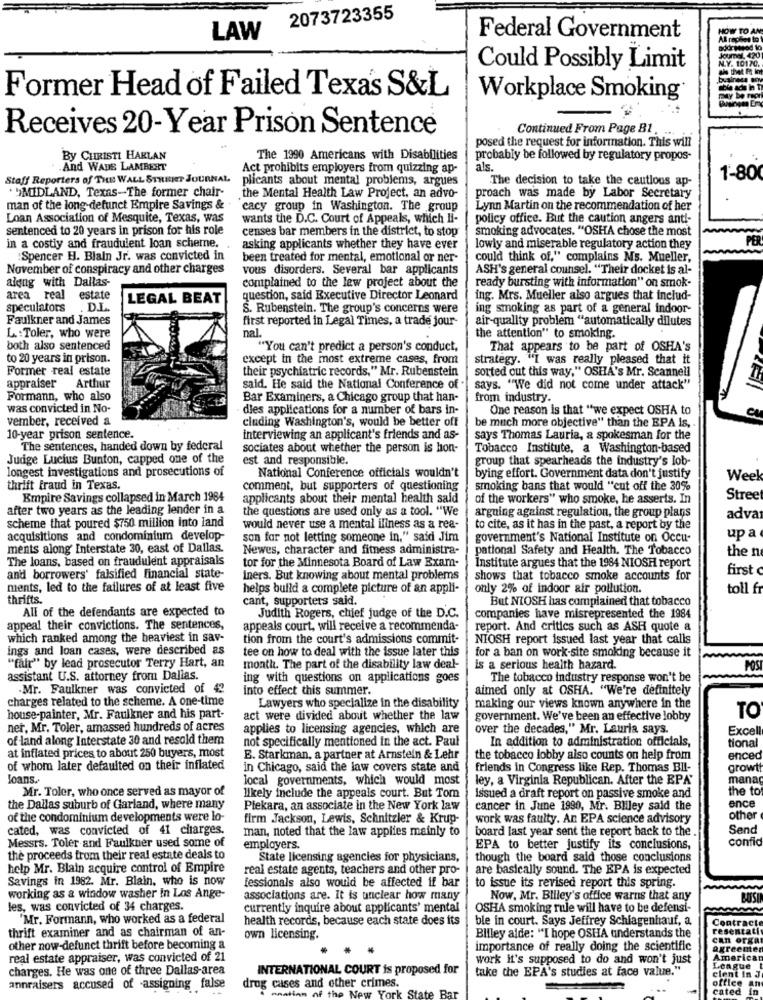
2073723355
LAW
HOW TO AN
Federal Government
Al roches to
Joumel 420
N.Y. 10170.
Could Possibly Limit
ale thet Ft Int
business BEN
Former Head of Failed Texas S&L
Workplace Smoking
Receives 20-Year Prison Sentence
Continued From Page B1.
posed the request for information. This will
By CHRISTI HARLAN
The 1990 Americans with Disabilities
probably be followed by regulatory propos-
And WADS LAMBERT
Act prohibits employers from quizzing ap-
als.
Staff Reporters of THE WALL STREET JOURNAL
plicants about mental problems, argues
The decision to take the cautious ap-
1-80
'SMIDLAND, Texas-The former chair-
the Mental Health Law Project, an advo-
proach was made by Labor Secretary
man of the long-defunct Empire Savings &-
cacy group in Washington. The group
Lynn Martin on the recommendation of her
Loan Association of Mesquite, Texas, was
wants the D.C. Court of Appeals, which li-
policy office. But the caution angers ant !-
sentenced to 20 years in prison for his role
censes bar members in the district, to stop
smoking advocates. "OSHA chose the most
in a costiy and fraudulent loan scheme.
asking applicants whether they have ever
lowly and miserable regulatory action they
PER
Spencer H. Blain Jr. was convicted in
been treated for mental, emotional or ner-
could think of," complains Ms. Mueller,
November of conspiracy and other charges
vous disorders. Several bar applicants
ASH's general counsel. "Their docket is al-
along with Dallas-
complained to the lew project about the
ready bursting with information" on smok-
area real estate
LEGAL BEAT
question, said Executive Director Leonard
ing. Mrs. Mueller also argues that includ-
speculators
D.L.
S. Rubenstein. The group's concerns were
ing smoking as part of a general indoor-
Faulkner and James
first reported in Legal Times, a trade jour-
air-quality problem "automatically dilutes
nal.
L : Toler, who were
the attention" to smoking.
both also sentenced
"You can't predict a person's conduct,
That appears to be part of OSHA's
to 20 years in prison.
except in the most extreme cases, from
strategy. "I was really pleased that it
Former real estate
their psychiatric records," Mr. Rubenstein
sorted out this way," OSHA's Mr. Scannell
appraiser Arthur
said. He said the National Conference of .
says. "We did not come under attack"
Formann, who also
Bar Examiners, a Chicago group that han-
from industry.
was convicted in No-
dies applications for a number of bars in-
One reason is that "we expect OSHA to
vember, received a
cluding Washington's, would be better off
be much more objective" than the EPA Is,
10-year prison sentence.
interviewing an applicant's friends and as-
says Thomas Lauria, a spokesman for the
The sentences, handed down by federal
sociates about whether the person is hon-
Tobacco Institute, a Washington-based
Judge Lucius Bunton, capped one of the
est and responsible.
group that spearheads the industry's lob-
longest investigations and prosecutions of
National Conference officials wouldn't
bying effort. Government data don't justify
Week
thrift fraud in Texas.
comment, but supporters of questioning
smoking bans that would "cut off the 30%
Empire Savings collapsed in March 1984
applicants about their mental health said
of the workers" who smoke, he asserts. In
Stree
after two years as the leading lender in a
the questions are used only as a tool. "We
scheme that poured $750 million into land
arguing against regulation, the group plans
adva
would never use a mental illness as a rea-
to cite, as it has in the past, a report by the
acquisitions and condominium develop-
son for not letting someone in," said Jim
government's National Institute on Occu-
up a
ments along Interstate 30, east of Dallas.
Newes, character and fitness administra-
pational Safety and Health. The Tobacco
the n
The loans, based on fraudulent appraisals
tor for the Minnesota Board of Law Exam-
Institute argues that the 1984 NIOSH report
first
andi borrowers' falsified financial state-
iners. But knowing about mental problems
shows that tobacco smoke accounts for
ments, led to the failures of at least five
helps build a complete picture of an appli-
only 2% of indoor air pollution.
toll f
thrifts.
cant, supporters said.
But NIOSH has complained that tobacco
All of the defendants are expected to
Judith Rogers, chief judge of the D.C.
companies have misrepresented the 1984
appeal their convictions. The sentences,
appeals court, will receive a recommenda-
report. And critics such as ASH quote a
which ranked among the heaviest in sav-
tion from the court's admissions commit-
NIOSH report issued last year that calls
ings and loan cases, were described as
tee on how to deal with the issue later this
for a ban on work-site smoking because it
"far" by lead prosecutor Terry Hart, an
month. The part of the disability law deal-
is a serious health hazard.
PO
assistant U.S. attorney from Dallas.
ing with questions on applications goes
The tobacco industry response won't be
.Mr. Faulkner was convicted of 42
into effect this summer.
aimed only at OSHA. "We're definitely
charges related to the scheme. A one-time
Lawyers who specialize in the disability
making our views known anywhere in the
house-painter, Mr. Faulkner and his part-
act were divided about whether the law
government. We've been an effective lobby
TO
ner, Mr. Toler, amassed hundreds of acres
applies to licensing agencies, which are
over the decades," Mr. Lauria says.
Excel
of land along Interstate 30 and resold them
not specifically mentioned in the act. Paul
In addition to administration officials,
tional
at inflated prices to about 250 buyers, most
E. Starkman, a partner at Arnstein & Lehr
the tobacco lobby also counts on help from
enced
of whom later defaulted on their inflated
in Chicago, said the law covers state and
friends in Congress like Rep. Thomas BII-
growt
Joans.
local governments, which would most
ley, a Virginia Republican. After the EPA"
mana
Mr. Toler, who once served as mayor of
the to
likely include the appeals court. But Tom
issued a draft report on passive smoke and
the Dallas suburb of Garland, where many
Piekara, an associate in the New York law
cancer in June 1990, Mr. Bliley said the
ence
of the condominium developments were lo-
firm Jackson, Lewis, Schnitzler & Krup-
work was faulty. An EPA science advisory
other
cated, was convicted of 41 charges.
man, noted that the law applies mainly to
board last year sent the report back to the .
Send
confio
Messrs. Toler and Faulkner used some of
employers.
EPA to better justify its conclusions,
the proceeds from their real estate deals to
State licensing agencies for physicians,
though the board said those conclusions
help Mr. Blain acquire control of Empire
real estate agents, teachers and other pro-
are basically sound. The EPA is expected
Savings in 1982. Mr. Blain, who is now
fessionals also would be affected if bar
to issue its revised report this spring.
working as a window washer in Los Ange-
associations are. It is unclear how many
Now, Mr. Bliley's office warns that any
BUIS
les, was convicted of 34 charges.
currently inquire about applicants' mental
OSHA smoking rule will have to be defensi-
"Mr. Formann, who worked as a federal
health records, because each state does its
ble in court. Says Jeffrey Schlagenhauf, a
Contracte
thrift examiner and as chairman of an-
resentati
own licensing.
Bliley alde: "I hope OSHA understands the
Can Orga
other now-defunct thrift before becoming a
importance of really doing the scientific
agreenter
real estate appraiser, was convicted of 21
work it's supposed to do and won't just
American
charges. He was one of three Dallas-area
INTERNATIONAL COURT is proposed for
take the EPA's studies at face value."
League
cient In J
office an
annraisers accused of -assigning false
drug cases and other crimes.
teď
of the New York